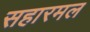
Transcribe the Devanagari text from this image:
सहारमल